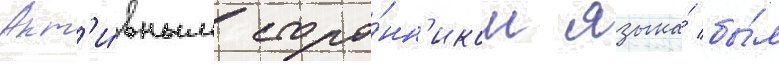
Акт'и́вным сторо́нн'иком языка́ бы́л